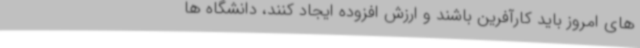
های امروز باید کارآفرین باشند و ارزش افزوده ایجاد کنند، دانشگاه ها